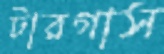
টারগাস